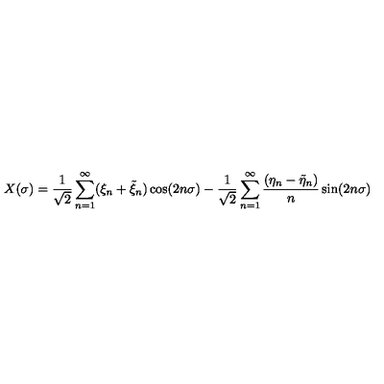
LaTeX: X ( \sigma ) = { \frac { 1 } { \sqrt { 2 } } } \sum _ { n = 1 } ^ { \infty } ( \xi _ { n } + \tilde { \xi } _ { n } ) \cos ( 2 n \sigma ) - { \frac { 1 } { \sqrt { 2 } } } \sum _ { n = 1 } ^ { \infty } { \frac { ( \eta _ { n } - \tilde { \eta } _ { n } ) } { n } } \sin ( 2 n \sigma )